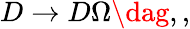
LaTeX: \begin{array}{r}{D\rightarrow D\Omega\dag,,}\end{array}